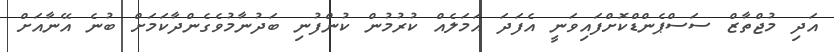
އަދި މުޖްތާޒް ސަސްޕެންޑްކޮށްފައިވަނީ އެފަދަ އަމަލެއް ކުރުމުން ކުންފުނި ބަދުނާމުވެގެންދާކަމަށް ބުނެ އޭނާއަށް